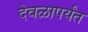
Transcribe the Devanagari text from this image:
देवळापर्यंत